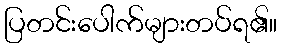
ပြတင်းပေါက်များတပ်ရ၏။